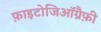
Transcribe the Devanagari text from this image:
फ़ाइटोजिऑग्रैफ़ी